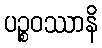
ပဉ္စဝဿာနိ